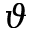
\vartheta